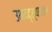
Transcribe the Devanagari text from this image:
उभयदृश्यावतार